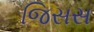
જિસસ